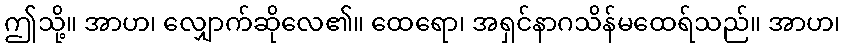
ဤသို့။ အာဟ၊ လျှောက်ဆိုလေ၏။ ထေရော၊ အရှင်နာဂသိန်မထေရ်သည်။ အာဟ၊